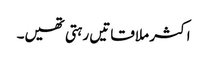
اکثر ملاقاتیں رہتی تھیں۔